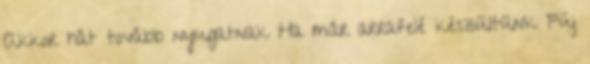
Akkor hát tovább nyugatnak Ha már arrafelé készültünk Fúj